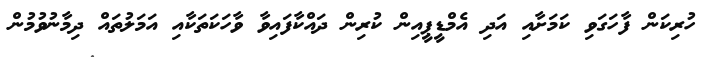
ހުރިކަން ފާހަގަވި ކަމަށާއި އަދި އެމްޑީޕީއިން ކުރިން ދައްކާފައިވާ ވާހަކަތަކާއި އަމަލުތައް ދިމާނުވުމުން